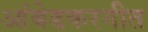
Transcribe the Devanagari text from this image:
आंबेडकरगीत